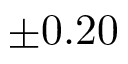
\pm 0 . 2 0